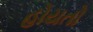
હોયતો